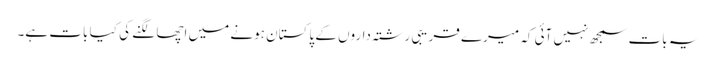
یہ بات سمجھ نہیں آئی کہ میرے قریبی رشتہ‌داروں کے پاکستان ہونے میں اچھا لگنے کی کیا بات ہے۔